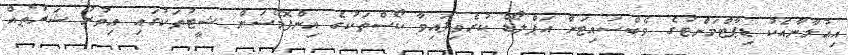
އިޢުލާނާއެކު ޑިޕާޓްމަންޓުގެ ވެބްސައިޓަށް އަޕްލޯޑް ކުރެވިފައިވާ ކޯސްތަކުގެ އިންފޮމޭޝަން ޝީޓުތަކުގައި އިތުރު ޝަރުޠެއް